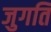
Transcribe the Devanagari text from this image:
जुगति